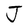
Character: J